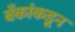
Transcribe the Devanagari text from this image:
बँकांकडून